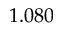
1 . 0 8 0